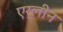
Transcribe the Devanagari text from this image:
एर्लीन